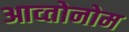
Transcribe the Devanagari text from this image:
आव्तोनोम